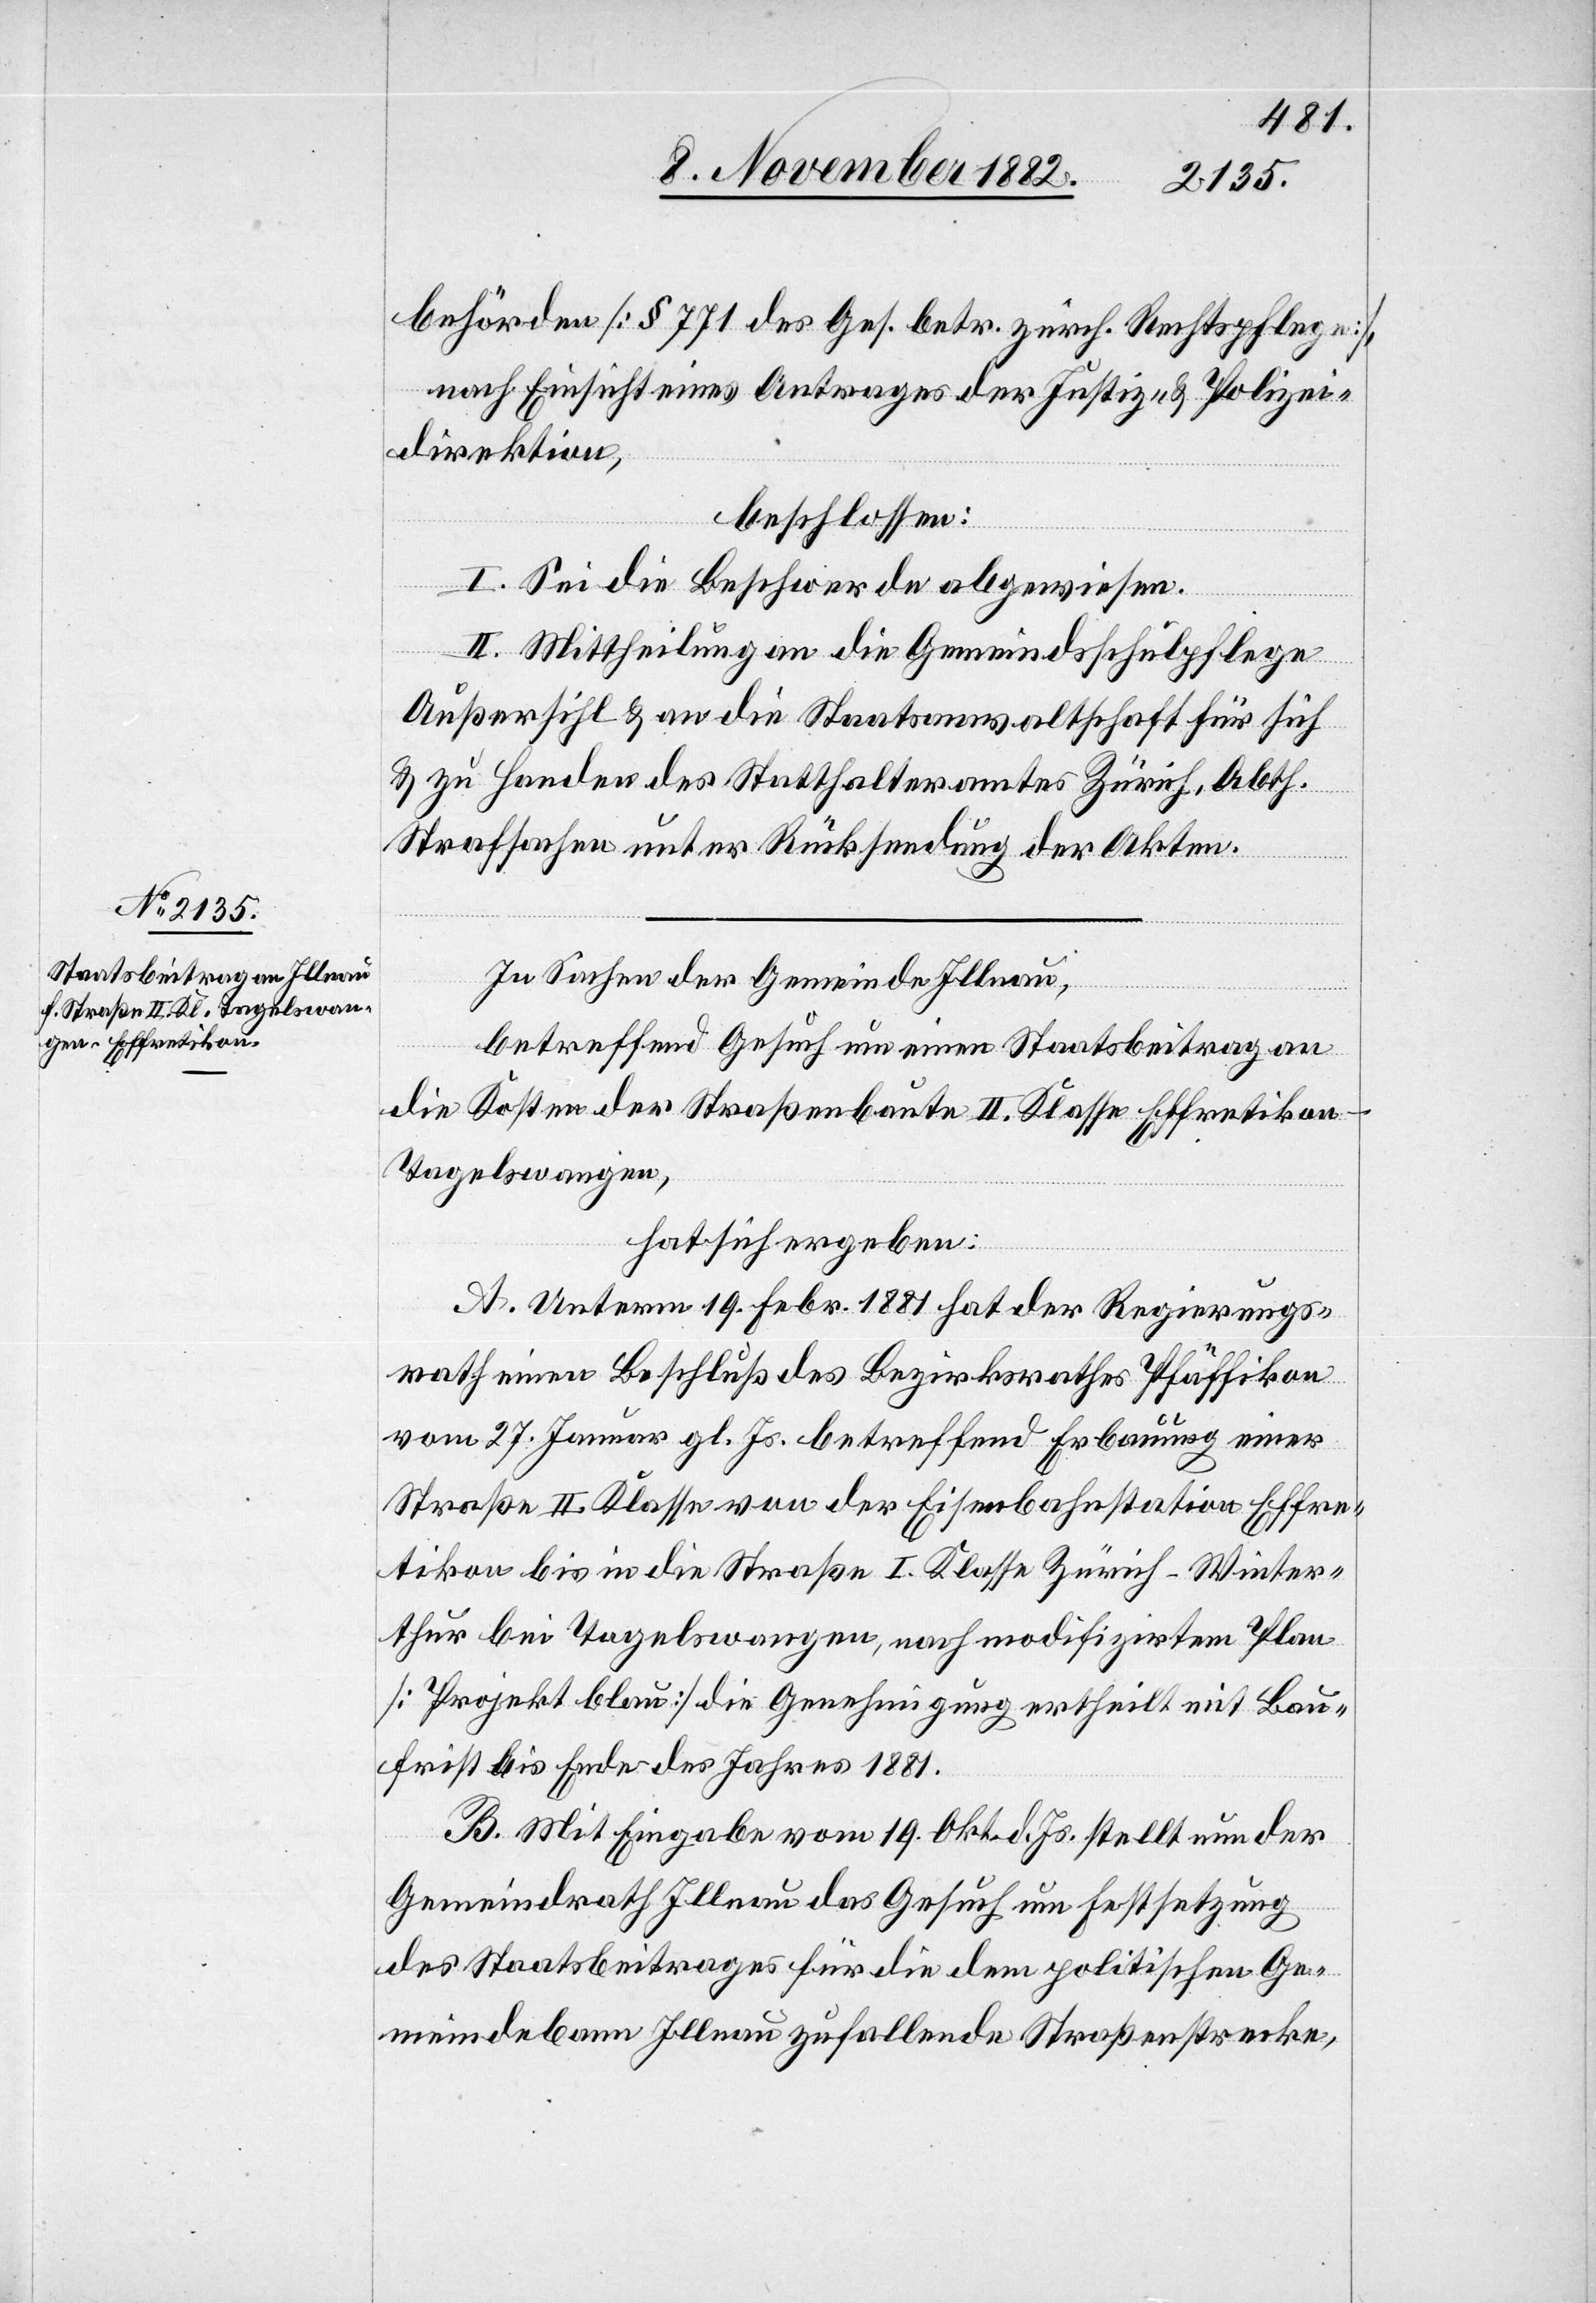
behörden [§ 771 des Ges. betr. zürch. Rechtspflege],
nach Einsicht eines Antrages der Justiz- & Polizei¬
direktion,
beschlossen:
I. Sei die Beschwerde abgewiesen.
II. Mittheilung an die Gemeindsschulpflege
Außersihl & an die Staatsanwaltschaft für sich
& zu Handen des Statthalteramtes Zürich, Abth.
Strafsachen unter Rücksendung der Akten.
In Sachen der Gemeinde Illnau,
betreffend Gesuch um einen Staatsbeitrag an
die Kosten der Straßenbaute II. Klasse Effretikon–T¬
agelswangen,
hat sich ergeben:
A. Unterm 19. Febr. 1881 hat der Regierungs¬
rath einen Beschluß des Bezirksrathes Pfäffikon
vom 27. Januar gl. Js. betreffend Erbauung einer
Straße II. Klasse von der Eisenbahnstation Effre¬
tikon bis in die Straße I. Klasse Zürich–Winter¬
thur bei Tagelswangen, nach modifizirtem Plan
[Projekt blau] die Genehmigung ertheilt mit Bau¬
frist bis Ende des Jahres 1881.
B. Mit Eingabe vom 19. Okt. d. Js. stellt nun der
Gemeindrath Illnau das Gesuch um Festsetzung
des Staatsbeitrages für die dem politischen Ge¬
meindebann Illnau zufallende Straßenstrecke,